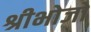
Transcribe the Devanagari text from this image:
श्रीभोजो